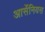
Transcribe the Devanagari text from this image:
आर्सेनियस